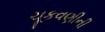
ચૂકવણીની